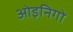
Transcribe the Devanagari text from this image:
ओइनिगो